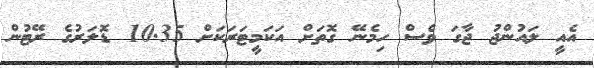
އެއީ ލައުންޖު ޖާގަ ވެސް ހިމެނޭ ގޮތަށް އަކަމީޓަރަކަށް 10.35 ޑޮލަރުގެ ރޭޓުން